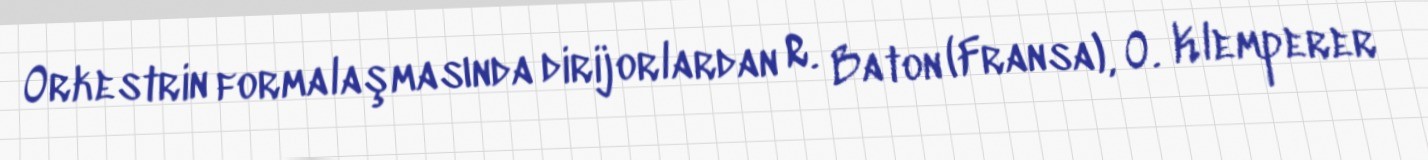
Orkestrin formalaşmasında dirijorlardan R. Baton (Fransa), O. Klemperer